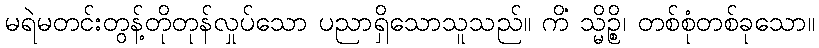
မရဲမတင်းတွန့်တိုတုန်လှုပ်သော ပညာရှိသောသူသည်။ ကိံ သ္မိဉ္စိ၊ တစ်စုံတစ်ခုသော။